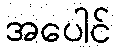
အပေါင်